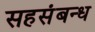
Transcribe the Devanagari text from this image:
सहसंबन्ध